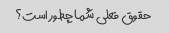
حقوق فعلی شما چطور است؟